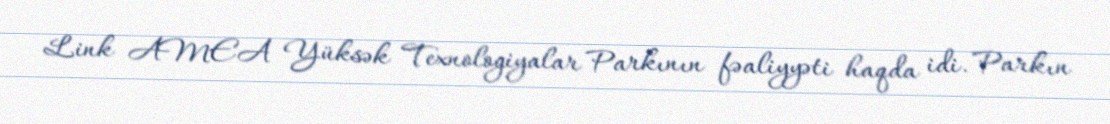
Link AMEA Yüksək Texnologiyalar Parkının fəaliyyəti haqda idi. Parkın